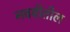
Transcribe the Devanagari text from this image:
नववीतील